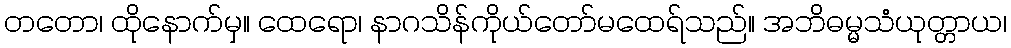
တတော၊ ထိုနောက်မှ။ ထေရော၊ နာဂသိန်ကိုယ်တော်မထေရ်သည်။ အဘိဓမ္မသံယုတ္တာယ၊